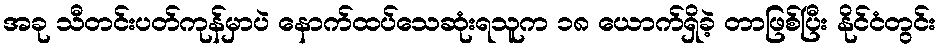
အခု သီတင်းပတ်ကုန်မှာပဲ နောက်ထပ်သေဆုံးရသူက ၁၈ ယောက်ရှိခဲ့ တာဖြစ်ပြီး နိုင်ငံတွင်း